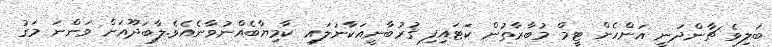
ބަލިވެ ޗާންދަނީ އަންހެން ޓީމް މުބާރާތުން ކަޓައިފި ޤުރުބާނީއަކާނުލައި ކާމިޔާބެއްނުވާނެއެވެ.ލާބަދޫއަށް ވަންނަ މަގު